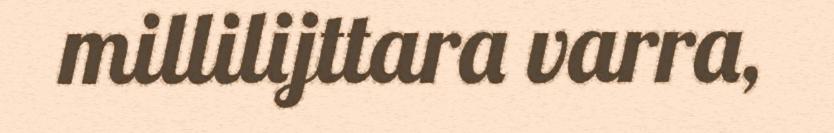
millilijttara varra,